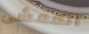
الممشى